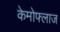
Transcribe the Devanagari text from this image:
केमोफ्लाज